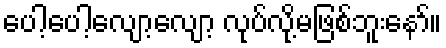
ပေါ့ပေါ့လျော့လျော့ လုပ်လို့မဖြစ်ဘူးနော်။